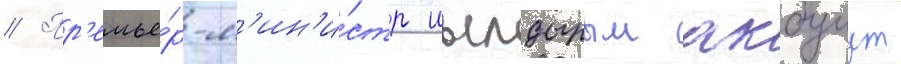
// Пр'емье́р-м'ин'и́стр иылдырым акбулут